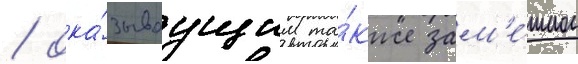
/ ока́зываущим та́кже зам'е́тное